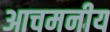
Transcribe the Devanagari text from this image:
आचमनीय